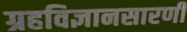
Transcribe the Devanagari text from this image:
ग्रहविज्ञानसारणी